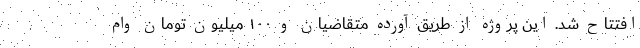
افتتاح شد. این پروژه از طریق آورده متقاضیان و ۱۰۰ میلیون تومان وام